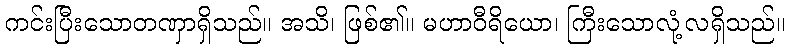
ကင်းပြီးသောတဏှာရှိသည်။ အသိ၊ ဖြစ်၏။ မဟာဝီရိယော၊ ကြီးသောလုံ့လရှိသည်။